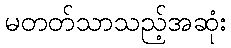
မတတ်သာသည့်အဆုံး